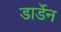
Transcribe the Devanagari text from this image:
डार्डेन